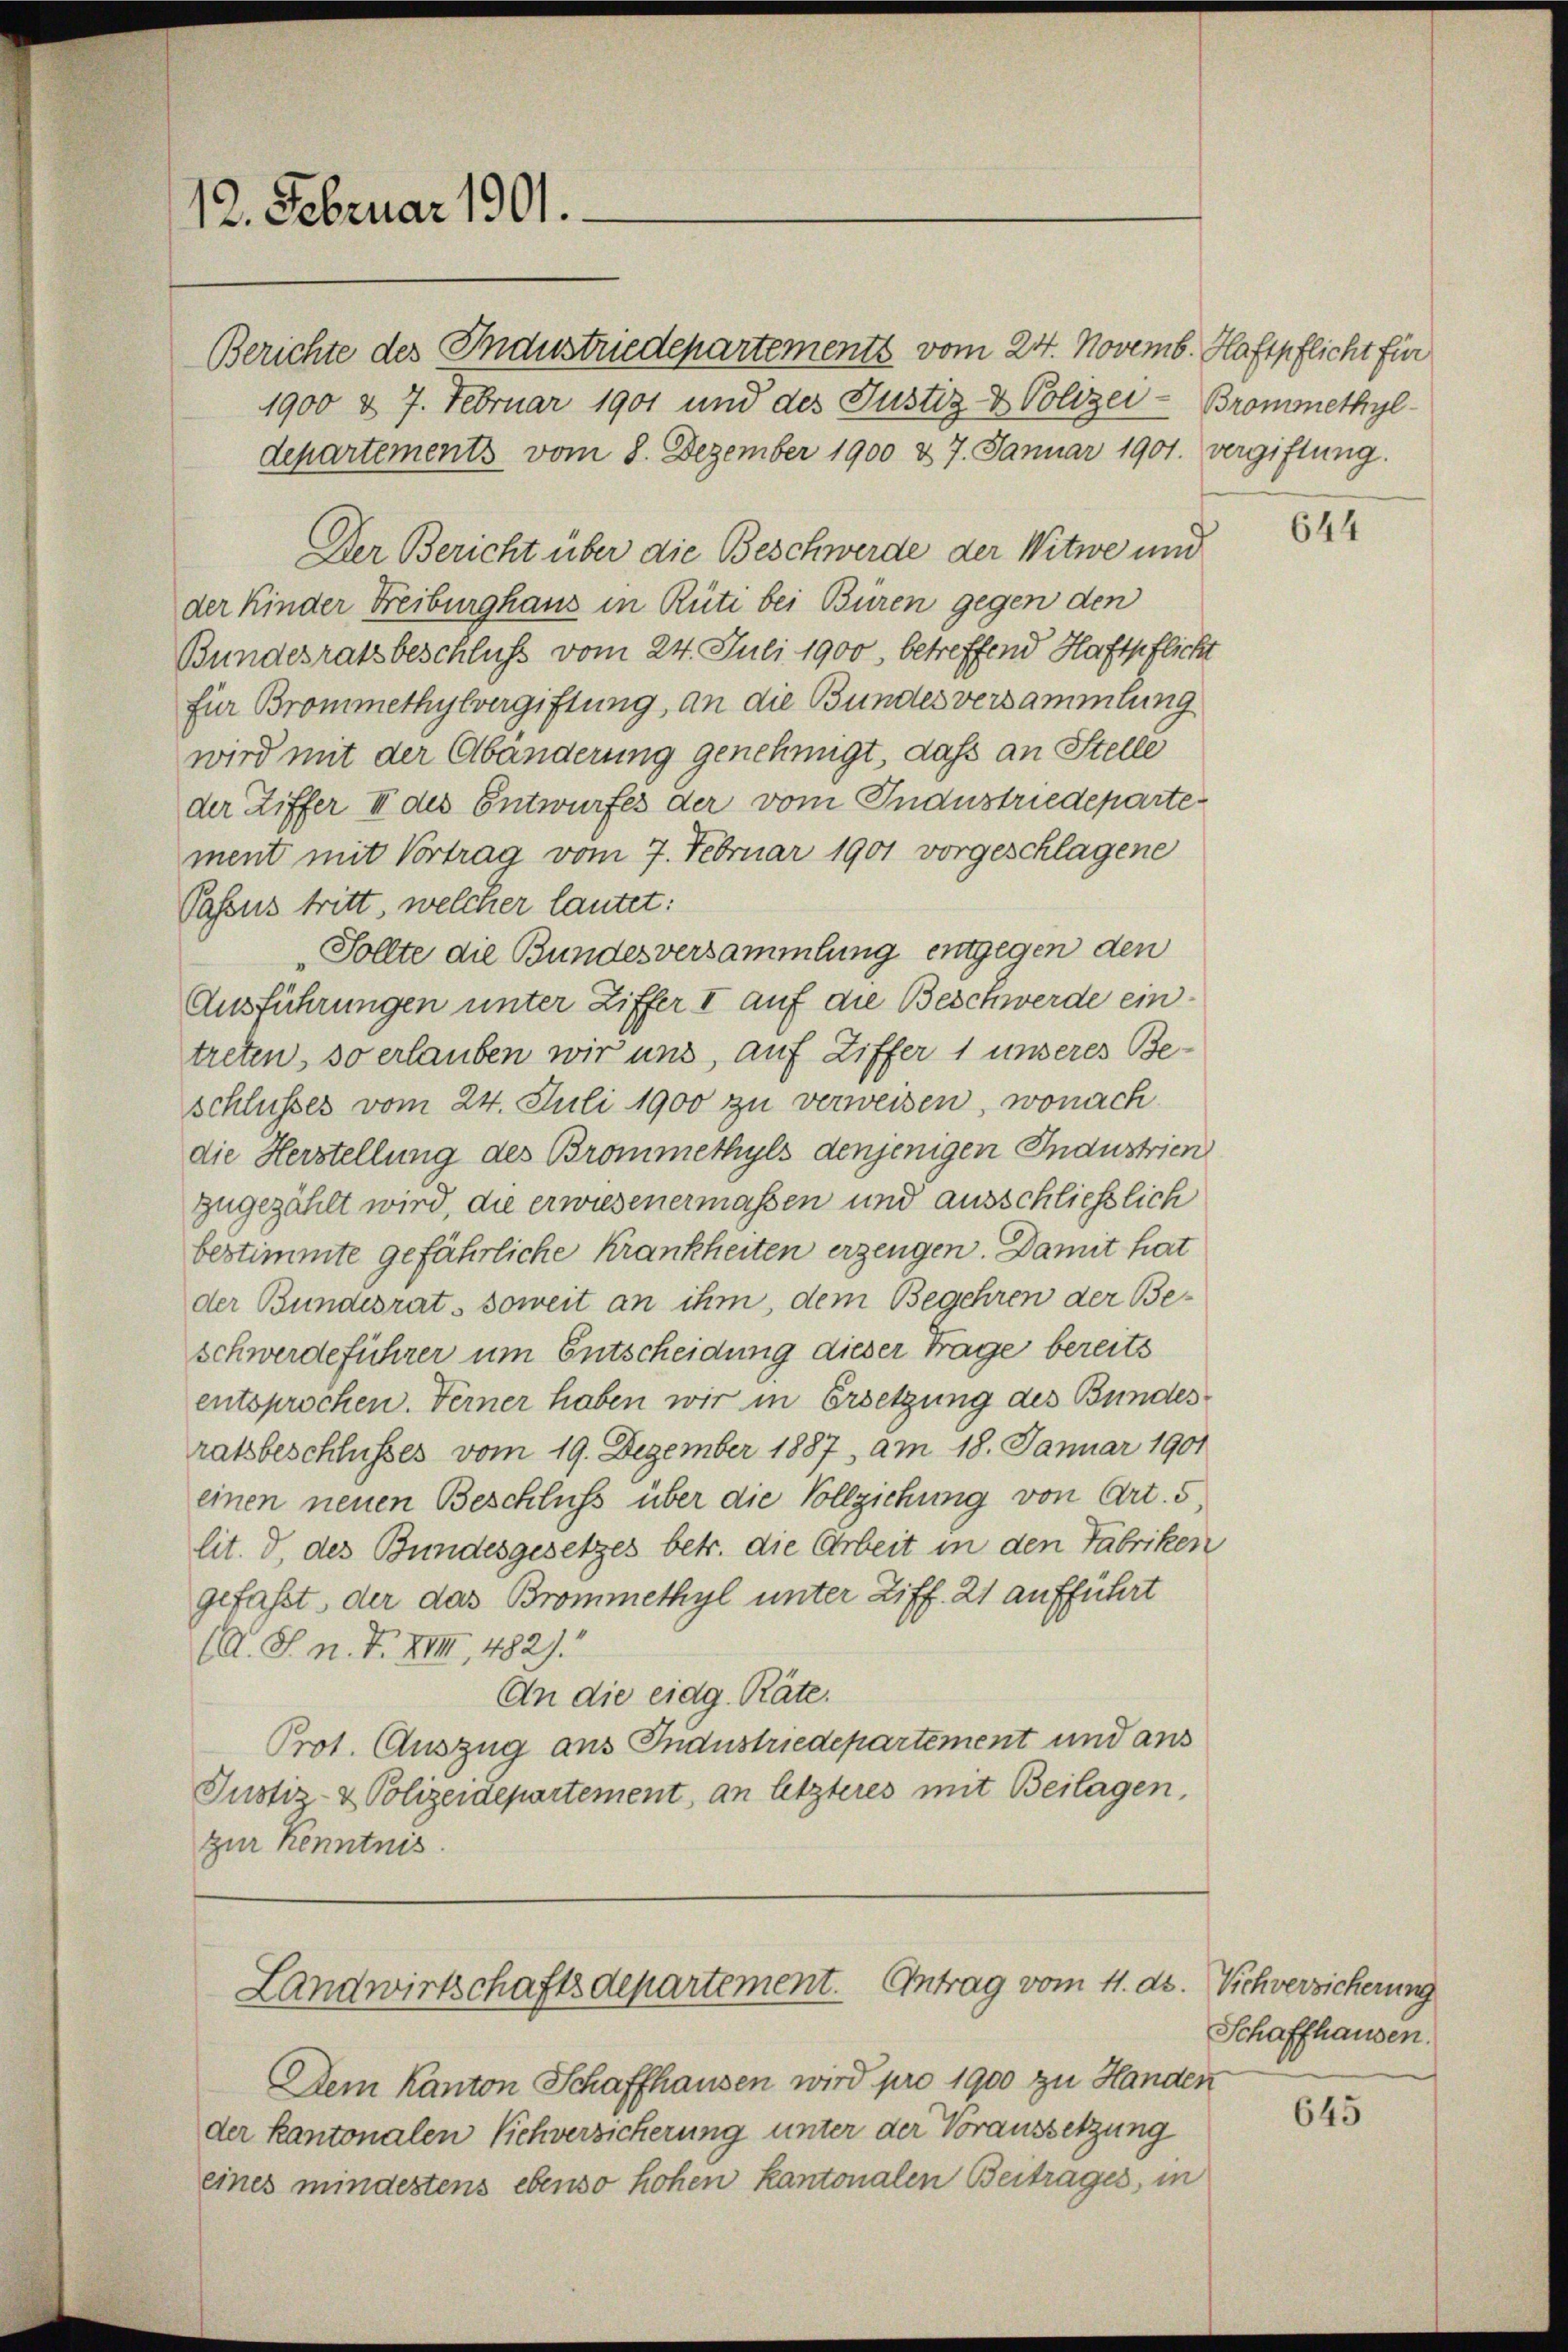
12. Februar 1901.

Berichte des Industriedepartements vom 24. Novemb. Haftpflicht für
1900 & 7. Februar 1901 und des Justiz- & Polizei-Brommethyl-
departements vom 8. Dezember 1900 & 7. Januar 1901. vergiftung.
Der Bericht über die Beschwerde der Witwe und
der Kinder Freiburghaus in Rüti bei Buren gegen den
Bundesratsbeschluß vom 24. Juli 1900, betreffend Haftpflicht
für Brommethylvergiftung, an die Bundes versammlung
wird mit der Abänderung genehmigt, dass an Stelle
der Ziffer II des Entwurfes der vom Industriedeparte
ment mit Vortrag vom 7. Februar 1901 vorgeschlagene
Passus tritt, welcher lautet:
Sollte die Bundesversammlung entgegen den
Ausführungen unter Ziffer I auf die Beschwerde eintreten, so erlauben wir uns, auf Ziffer 1 unseres Be-
schlusses vom 24. Juli 1900 zu verweisen, wonach
die Herstellung des Brommethyls denjenigen Industrien
zugezählt wird, die erwiesenermaßen und ausschließlich
bestimmte gefährliche Krankheiten erzeugen. Damit hat
der Bundesrat, soweit an ihm, dem Begehren der Beschwerdeführer um Entscheidung dieser Trage bereits
entsprochen. Ferner haben wir in Ersetzung des Bundesratsbeschlusses vom 19. Dezember 1887, am 18. Januar 1901
einen neuen Beschluss über die Vollziehung von Art. 5,
lit. d. des Bundesgesetzes betr. die Arbeit in den Fabriken
gefaßt, der das Brommethyl unter Ziff. 21 aufführt
(A. S. n. F. XIII 482).
An die eidg. Räte.
Prot. Auszug aus Industriedepartement und aus
Justiz- & Polizeidepartement, an letzteres mit Beilagen,
zur Kenntnis.

Landwirtschaftsdepartement. Antrag vom 4. ds.

Dem Kanton Schaffhausen wird pro 1900 zu Handen
der Kantonalen Viehversicherung unter der Voraussetzung
eines mindestens ebenso hohen kantonalen Beitrages, in

644

Vichversicherung
Schaffhausen.

645